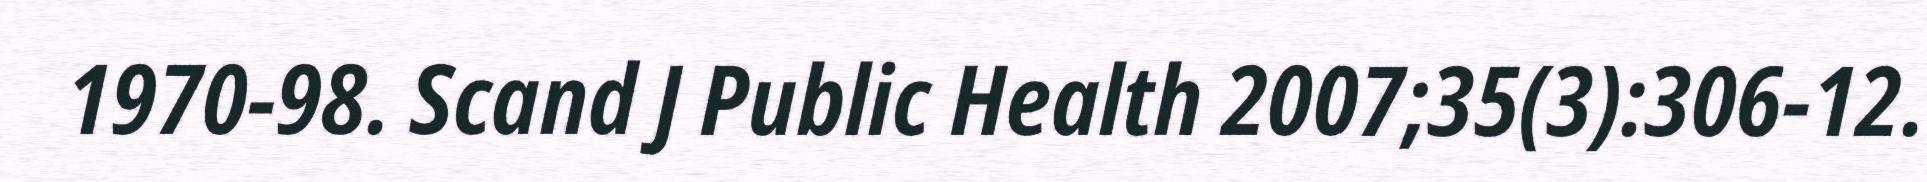
1970-98. Scand J Public Health 2007;35(3):306-12.